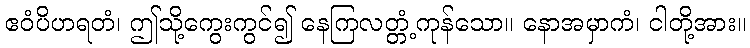
ဧဝံပိဟရတံ၊ ဤသို့ကွေးကွင်၍ နေကြလတ္တံ့ကုန်သော။ နောအမှာကံ၊ ငါတို့အား။